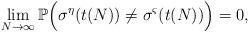
LaTeX: \begin{align*}\lim\limits_{N \rightarrow \infty} \mathbb{P}\Big(\sigma^{\eta}(t(N))\neq \sigma^{\varsigma}(t(N))\Big)=0,\end{align*}